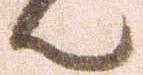
御